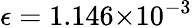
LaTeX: {\epsilon}=1.146{\times}10^{-3}